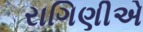
રાગિણીએ